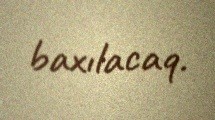
baxılacaq.